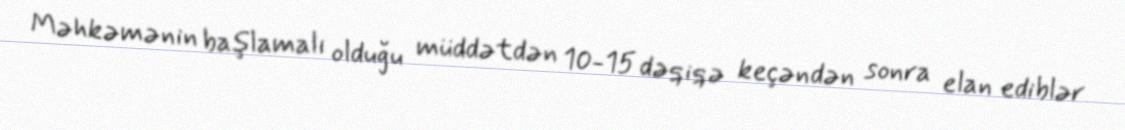
Məhkəmənin başlamalı olduğu müddətdən 10-15 dəqiqə keçəndən sonra elan ediblər